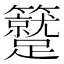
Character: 𥷼